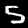
Digit: 5